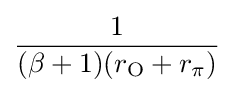
{\frac {1}{(\beta +1)(r_{\mathrm {O} }+r_{\pi })}}